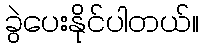
ခွဲပေးနိုင်ပါတယ်။